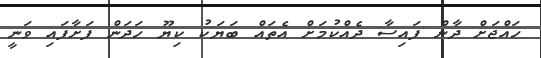
ހައްޖަށް ދާން ފައިސާ ދެއްކުމަށް އެތައް ބަޔަކު ކިޔޫ ހަދަން ފަށާފައި ވަނީ